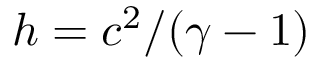
h = c ^ { 2 } / ( \gamma - 1 )